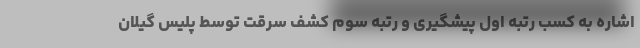
اشاره به کسب رتبه اول پیشگیری و رتبه سوم کشف سرقت توسط پلیس گیلان